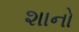
શાનો